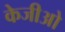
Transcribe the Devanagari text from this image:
केजीओ